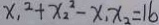
x _ { 1 } ^ { 2 } + x _ { 2 } ^ { 2 } - x _ { 1 } x _ { 2 } = 1 6